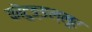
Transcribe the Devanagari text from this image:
कॊटुङ्ङल्लूर